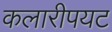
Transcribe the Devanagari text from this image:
कलारीपयट